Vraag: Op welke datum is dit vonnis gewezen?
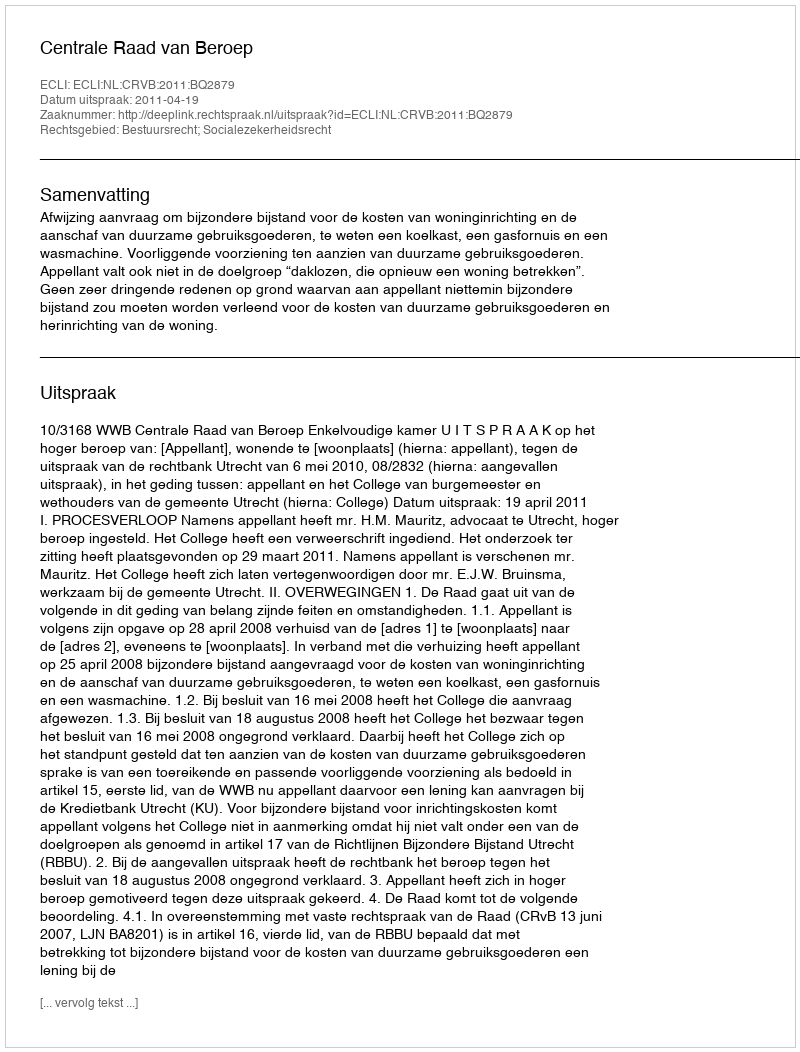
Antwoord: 2011-04-19